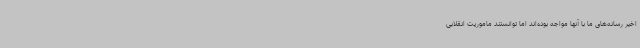
اخیر رسانه‌های ما با آنها مواجه بوده‌اند اما توانستند ماموریت انقلابی